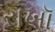
રાખૉ